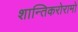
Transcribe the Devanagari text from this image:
शान्तिकरोरामो